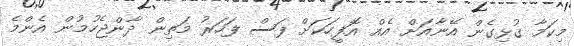
މިކަމާ ގުޅިގެން އޭނާއަށް އެއް އޮފީހަކަށް ފަސް ފަހަރު މަތިން ދާންޖެހުމުން އެންމެ